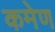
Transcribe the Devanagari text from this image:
कमेण